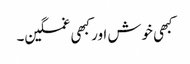
کبھی خوش اور کبھی غمگین۔